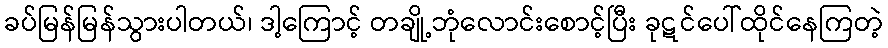
ခပ်မြန်မြန်သွားပါတယ်၊ ဒါ့ကြောင့် တချို့ဘုံလောင်းစောင့်ပြီး ခုဋင်ပေါ်ထိုင်နေကြတဲ့